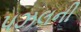
પઝલની